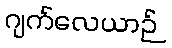
ဂျက်လေယာဉ်